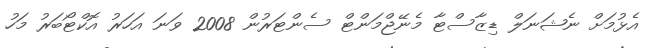
އެޅުމަށް ނެޝަނަލް ޑިޒާސްޓާ މެނޭޖްމަންޓް ސެންޓަރުން 2008 ވަނަ އަހަރު އޮކްޓޯބަރު މަހު